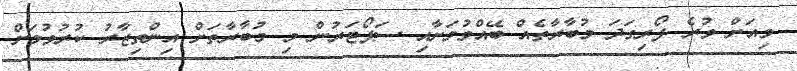
މިއަށް ވުރެ ފޯރިގަދަ މުބާރާތެއް ބޭއްވުމަށާއި ސަޕޯޓަރުން މި މުބާރާތަށް އިންތިޒާރު ކުރުވުމަށް